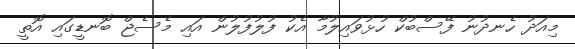
މިއަދު ހެނދުނު ފޭސްބުކް ހުޅުވައިލުމާ އެކު ފުލުފުލުން އައި މެސެޖް ބޮނޑީގައި އޮތީ